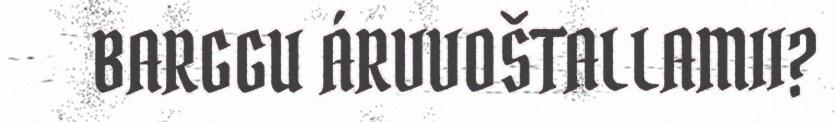
BARGGU ÁRVVOŠTALLAMII?